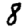
Digit: 8